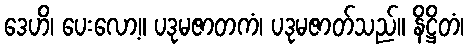
ဒေဟိ၊ ပေးလော့။ ပဒုမဇာတကံ၊ ပဒုမဇာတ်သည်။ နိဋ္ဌိတံ၊